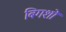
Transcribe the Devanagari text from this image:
बिगशो